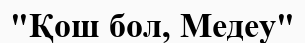
"Қош бол, Медеу"